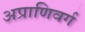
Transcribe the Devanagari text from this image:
अप्राणिवर्ग